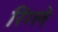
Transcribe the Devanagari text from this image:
रिंग्ले